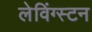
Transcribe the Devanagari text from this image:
लेविंग्स्टन